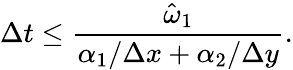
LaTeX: \Delta t\leq\frac{\hat{\omega}_{1}}{\alpha_{1}/\Delta x+\alpha_{2}/\Delta y}.